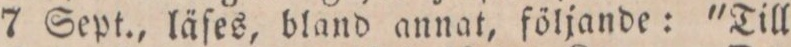
7 Sept., läſes, bland annat, följande: "Till